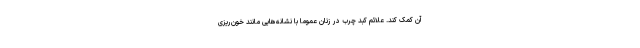
آن کمک کند. علائم کبد چرب در زنان عموما با نشانه‌هایی مانند خون‌ریزی